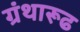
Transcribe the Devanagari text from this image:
ग्रंथारूढ